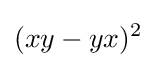
(xy-yx)^{2}